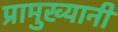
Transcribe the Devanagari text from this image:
प्रामुख्यानी